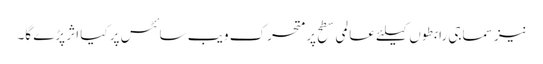
نیز سماجی رابطوں کیلئے عالمی سطح پر متحرک ویب سائٹس پر کیا اثر پڑے گا۔